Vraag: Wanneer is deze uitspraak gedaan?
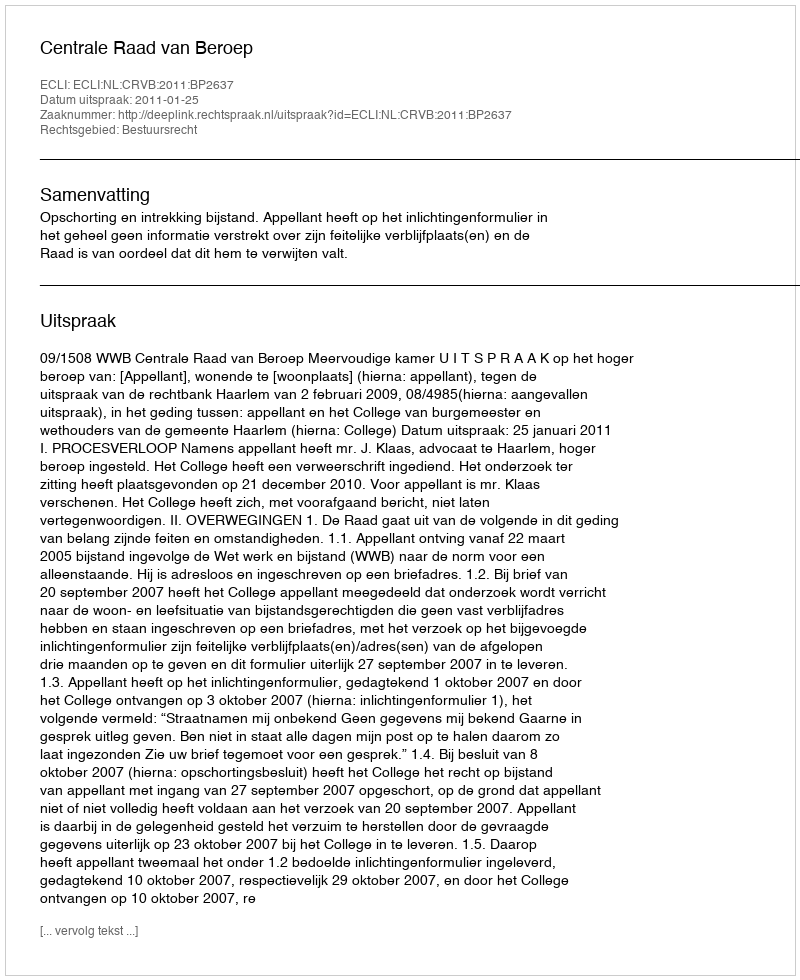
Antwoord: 2011-01-25